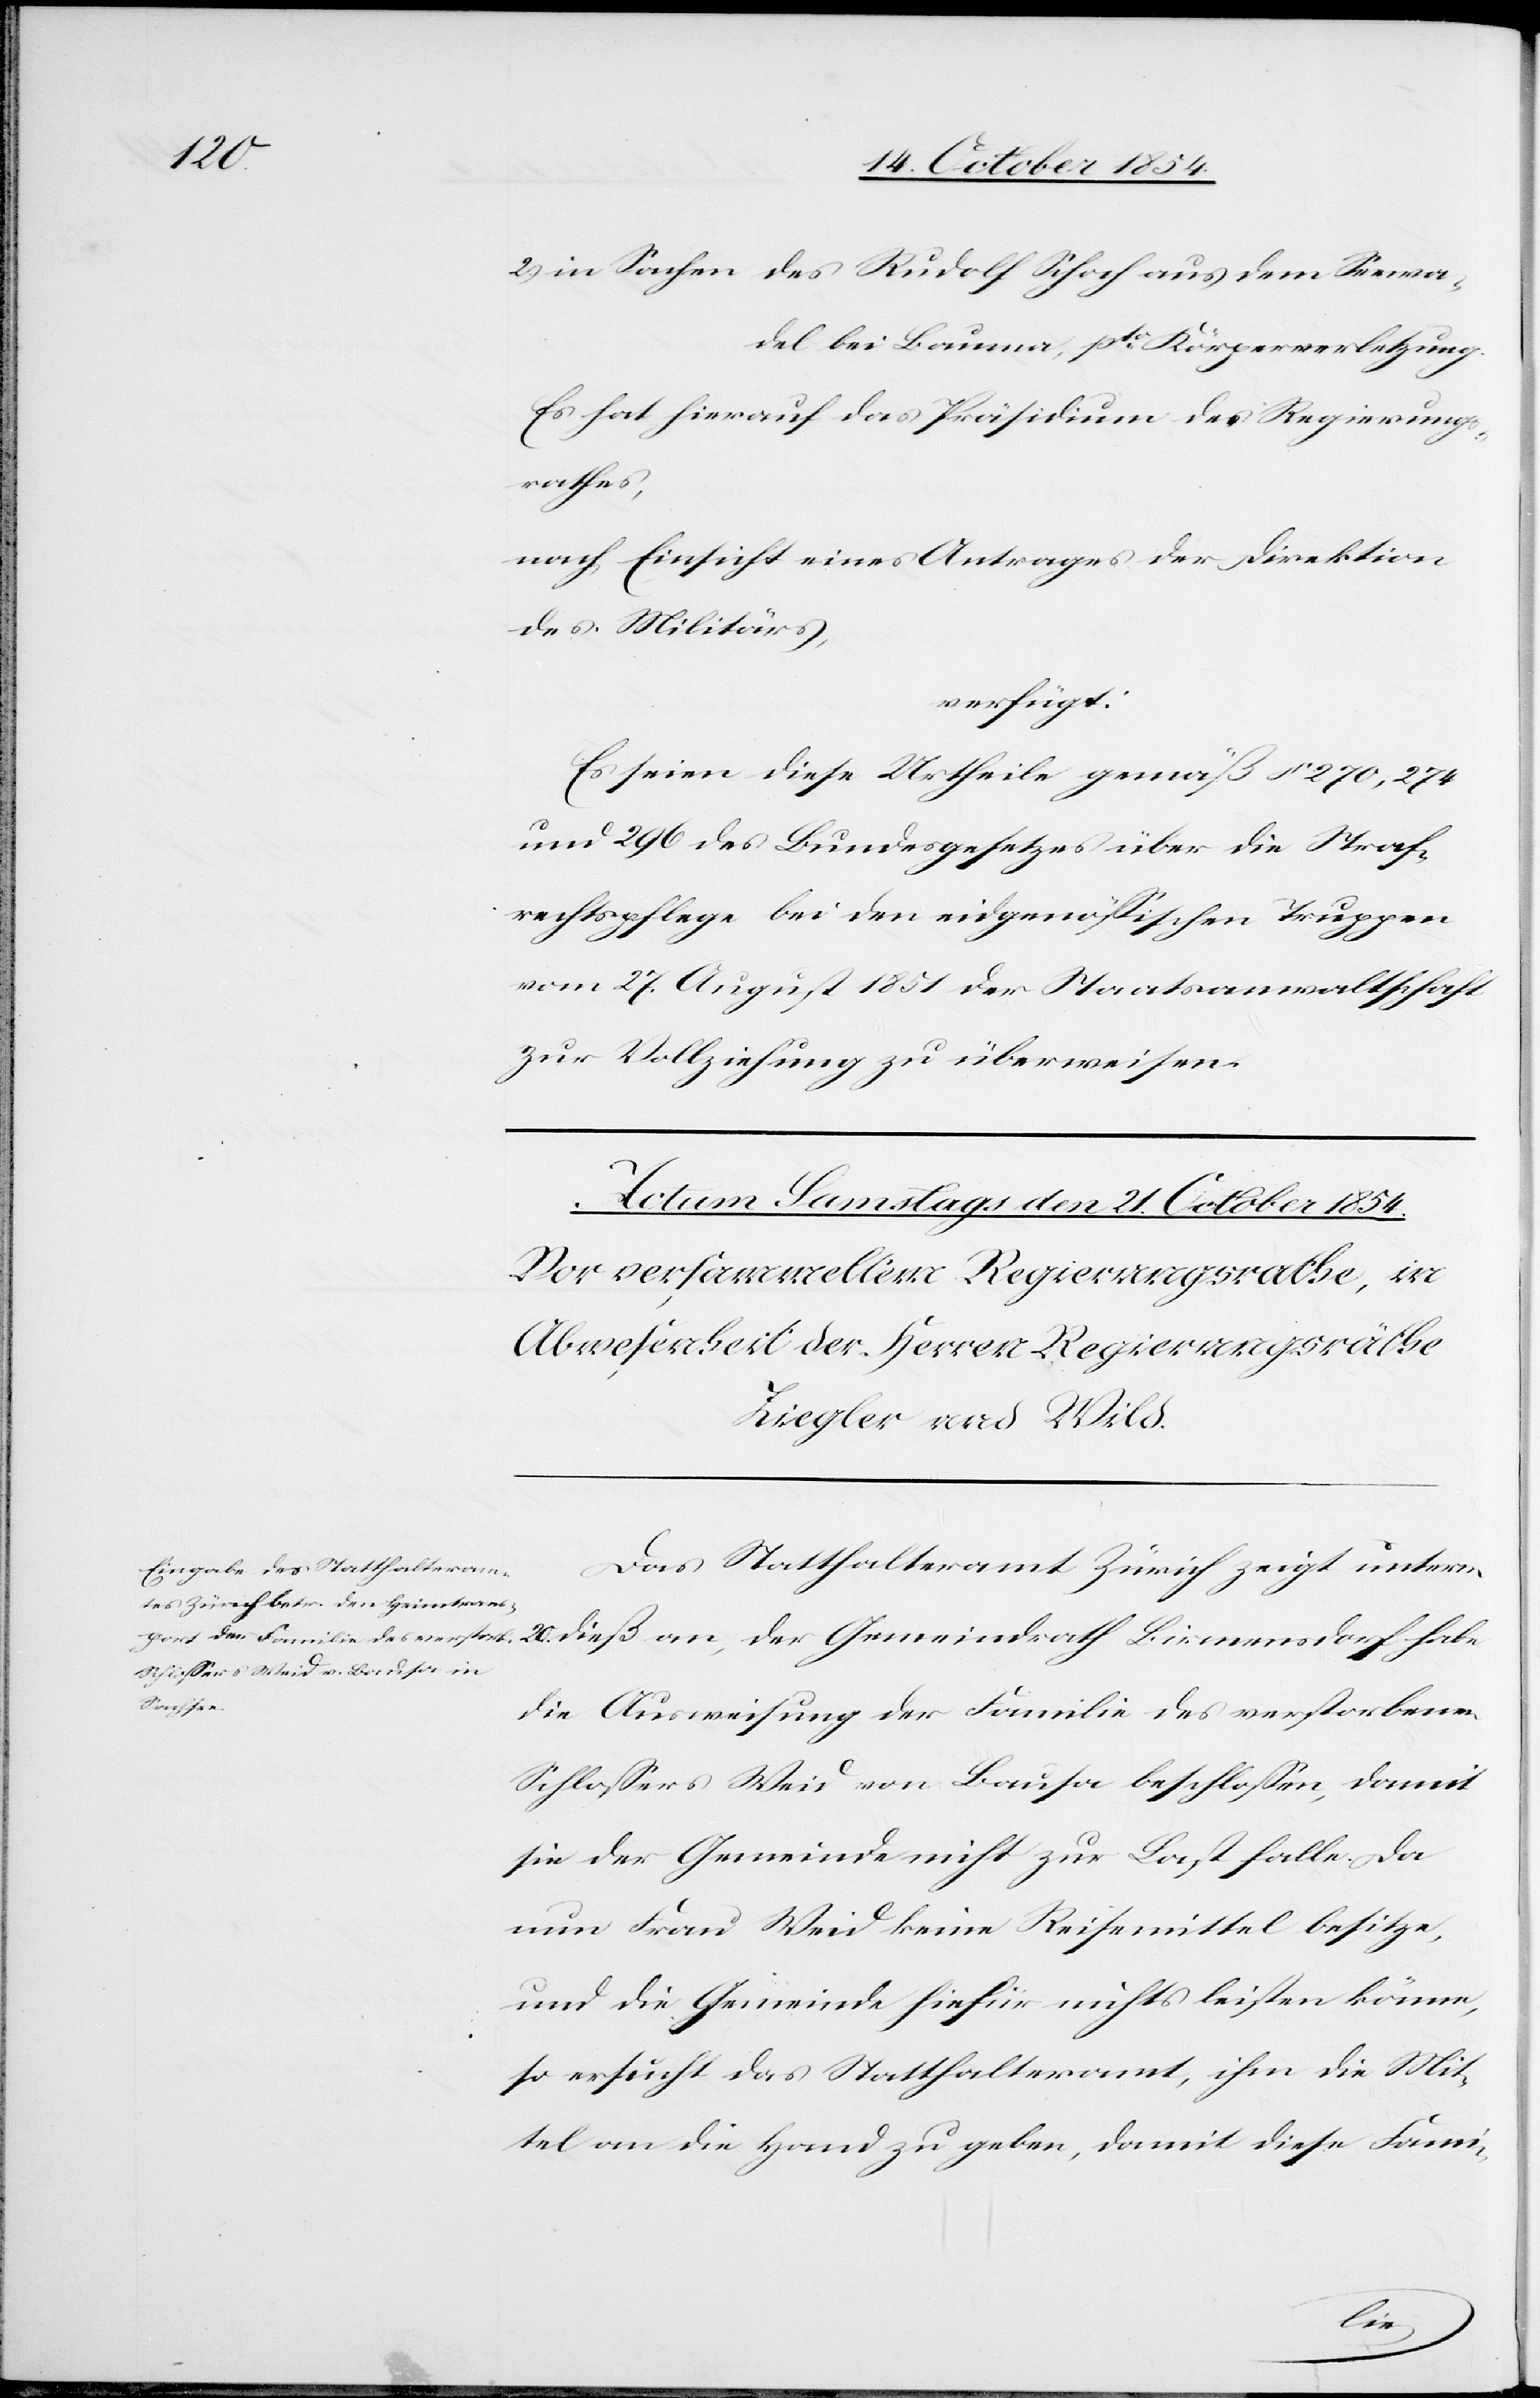
2.) in Sachen des Rudolf Schoch aus dem Seewa¬
del bei Bauma, pto Körperverletzung.
Es hat hierauf das Präsidium des Regierungs¬
rathes,
nach Einsicht eines Antrages der Direktion
des Militärs,
verfügt:
Es seien diese Urtheile gemäß § 270, 274
vom 27. August 1851 der Staatsanwaltschaft
zur Vollziehung zu überweisen.
Das Statthalteramt Zürich zeigt unterm
20. dieß an, der Gemeindrath Birmensdorf habe
die Ausweisung der Familie des verstorbenen
Schloßers Weid von Bausa beschloßen, damit
sie der Gemeinde nicht zur Last falle. Da
nun Frau Weid keine Reisemittel besitze,
und die Gemeinde hiefür nichts leisten könne,
so ersucht das Statthalteramt, ihm die Mit¬
tel an die Hand zu geben, damit diese Fami-
den